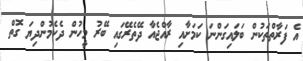
އެ ފަރާތްތަކުން ބަލައިގަންނަ ކަމަށާއި ރާއްޖެއާ ދޭތެރޭގައި ބޭރު މީހުން ދެކެމުންދިޔަ ގޮތް